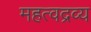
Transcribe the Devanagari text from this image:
महत्वद्रव्य